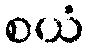
စယံ